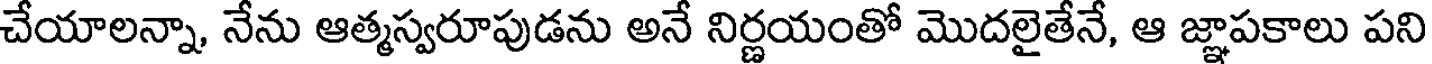
చేయాలన్నా, నేను ఆత్మస్వరూపుడను అనే నిర్ణయంతో మొదలైతేనే, ఆ జ్ఞాపకాలు పని